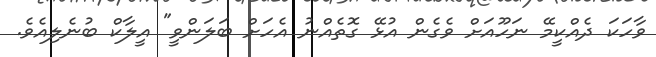
ވާހަކަ ދެއްކީމޭ ނަހޫއަށް ވެގެން އުޅޭ ގޮތެއްނު އެހަށް ބަލަންވީ" އީލާކް ބުނެލިއެވެ.